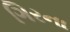
ગિરના